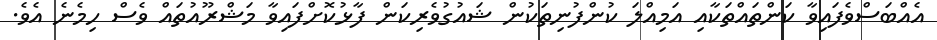
އެއްބަސްވެފައިވާ ކަންތައްތަކާއި އަމިއްލަ ކުންފުނިތަކުން ޝައުގުވެރިކަން ފާޅުކޮށްފައިވާ މަޝްރޫއުތައް ވެސް ހިމެނެ އެވެ.